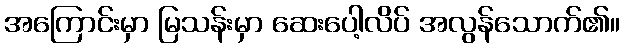
အကြောင်းမှာ မြသန်းမှာ ဆေးပေါ့လိပ် အလွန်သောက်၏။